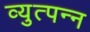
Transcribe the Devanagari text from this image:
व्युत्पन्‍न